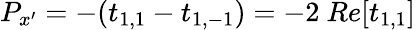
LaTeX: P_{x^{\prime}}=-(t_{1,1}-t_{1,-1})=-2\ Re[t_{1,1}]